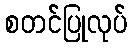
စတင်ပြုလုပ်